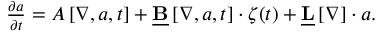
\begin{array} { r } { \frac { \partial \boldsymbol { a } } { \partial t } = \boldsymbol { A } \left[ \boldsymbol { \nabla } , \boldsymbol { a } , t \right] + \underline { { \mathbf { B } } } \left[ \boldsymbol { \nabla } , \boldsymbol { a } , t \right] \cdot \boldsymbol { \zeta } ( t ) + \underline { { \mathbf { L } } } \left[ \boldsymbol { \nabla } \right] \cdot \boldsymbol { a } . } \end{array}